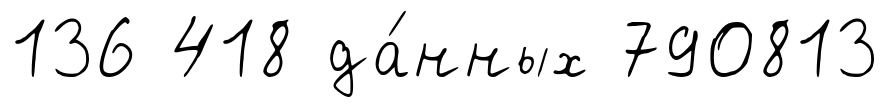
136 418 да́нных 790813